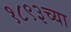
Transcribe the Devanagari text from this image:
१८९३च्या